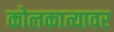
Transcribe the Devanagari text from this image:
कोलकात्यावर